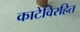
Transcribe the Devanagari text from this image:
काटेविरहित